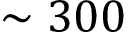
\sim 3 0 0